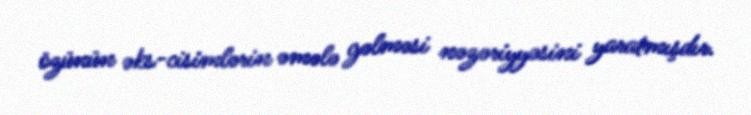
özünün əks-cisimlərin əmələ gəlməsi nəzəriyyəsini yaratmışdır.